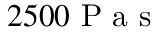
2 5 0 0 \mathrm { ~ P ~ a ~ s ~ }